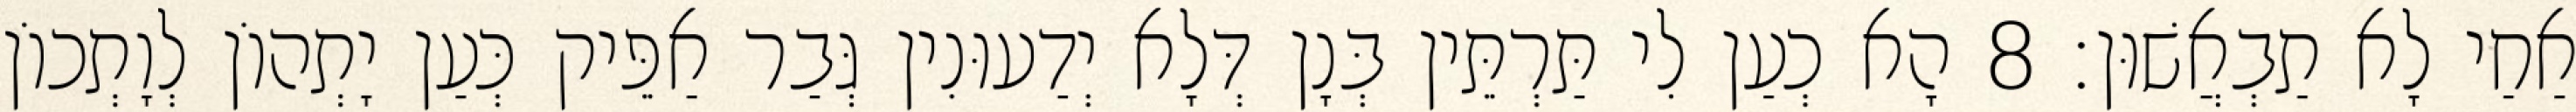
אַחַי לָא תַבְאֲשׁוּן׃ 8 הָא כְעַן לִי תַּרְתֵּין בְּנָן דְּלָא יְדַעוּנִין גְּבַר אַפֵּיק כְּעַן יָתְהוֹן לְוָתְכוֹן